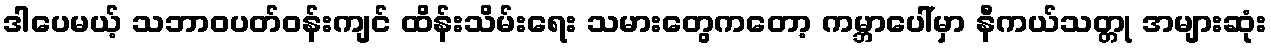
ဒါပေမယ့် သဘာဝပတ်ဝန်းကျင် ထိန်းသိမ်းရေး သမားတွေကတော့ ကမ္ဘာပေါ်မှာ နီကယ်သတ္တု အများဆုံး